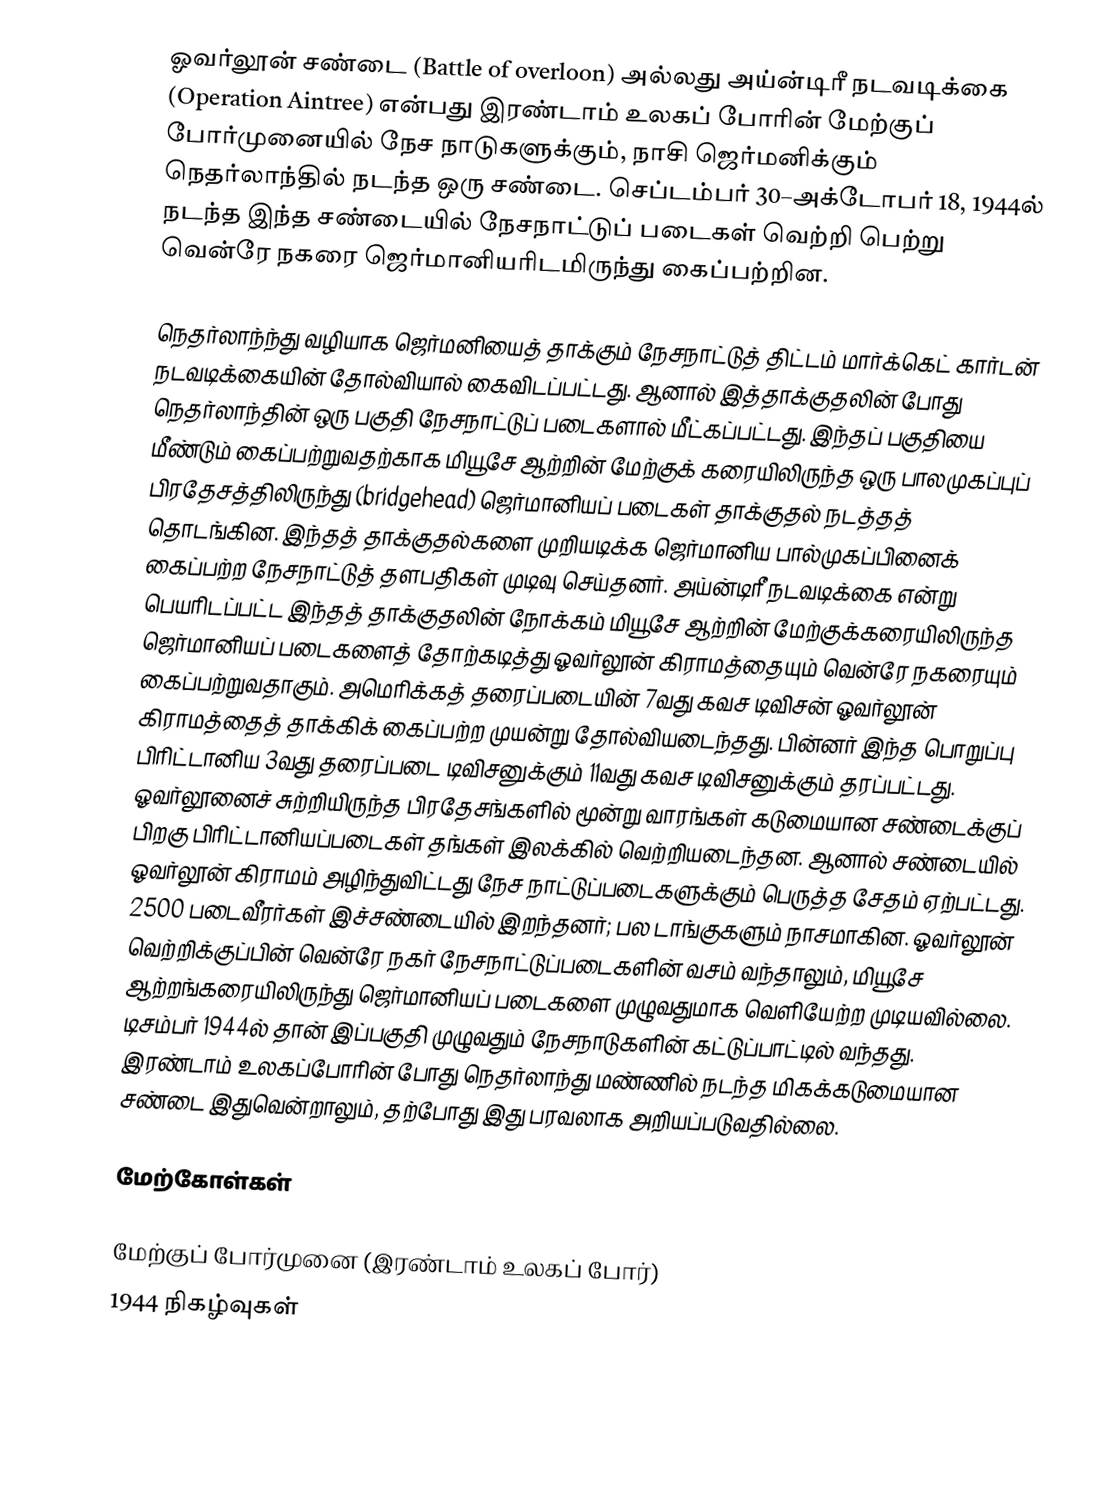
ஓவர்லூன் சண்டை (Battle of overloon)  அல்லது அய்ன்டிரீ நடவடிக்கை (Operation Aintree) என்பது இரண்டாம் உலகப் போரின் மேற்குப் போர்முனையில் நேச நாடுகளுக்கும், நாசி ஜெர்மனிக்கும் நெதர்லாந்தில் நடந்த ஒரு சண்டை. செப்டம்பர் 30–அக்டோபர் 18, 1944ல் நடந்த இந்த சண்டையில் நேசநாட்டுப் படைகள் வெற்றி பெற்று வென்ரே நகரை ஜெர்மானியரிடமிருந்து கைப்பற்றின.

நெதர்லாந்ந்து வழியாக ஜெர்மனியைத் தாக்கும் நேசநாட்டுத் திட்டம் மார்க்கெட் கார்டன் நடவடிக்கையின் தோல்வியால் கைவிடப்பட்டது. ஆனால் இத்தாக்குதலின் போது நெதர்லாந்தின் ஒரு பகுதி நேசநாட்டுப் படைகளால் மீட்கப்பட்டது. இந்தப் பகுதியை மீண்டும் கைப்பற்றுவதற்காக மியூசே ஆற்றின் மேற்குக் கரையிலிருந்த ஒரு பாலமுகப்புப் பிரதேசத்திலிருந்து (bridgehead) ஜெர்மானியப் படைகள் தாக்குதல் நடத்தத் தொடங்கின. இந்தத் தாக்குதல்களை முறியடிக்க ஜெர்மானிய பால்முகப்பினைக் கைப்பற்ற நேசநாட்டுத் தளபதிகள் முடிவு செய்தனர். அய்ன்டிரீ நடவடிக்கை என்று பெயரிடப்பட்ட இந்தத் தாக்குதலின் நோக்கம் மியூசே ஆற்றின் மேற்குக்கரையிலிருந்த ஜெர்மானியப் படைகளைத் தோற்கடித்து ஓவர்லூன் கிராமத்தையும் வென்ரே நகரையும் கைப்பற்றுவதாகும். அமெரிக்கத் தரைப்படையின் 7வது கவச டிவிசன் ஓவர்லூன் கிராமத்தைத் தாக்கிக் கைப்பற்ற முயன்று தோல்வியடைந்தது. பின்னர் இந்த பொறுப்பு பிரிட்டானிய 3வது தரைப்படை டிவிசனுக்கும் 11வது கவச டிவிசனுக்கும் தரப்பட்டது. ஓவர்லூனைச் சுற்றியிருந்த பிரதேசங்களில் மூன்று வாரங்கள் கடுமையான சண்டைக்குப் பிறகு பிரிட்டானியப்படைகள் தங்கள் இலக்கில் வெற்றியடைந்தன. ஆனால் சண்டையில் ஓவர்லூன் கிராமம் அழிந்துவிட்டது நேச நாட்டுப்படைகளுக்கும் பெருத்த சேதம் ஏற்பட்டது. 2500 படைவீரர்கள் இச்சண்டையில் இறந்தனர்; பல டாங்குகளும் நாசமாகின. ஓவர்லூன் வெற்றிக்குப்பின் வென்ரே நகர் நேசநாட்டுப்படைகளின் வசம் வந்தாலும், மியூசே ஆற்றங்கரையிலிருந்து ஜெர்மானியப் படைகளை முழுவதுமாக வெளியேற்ற முடியவில்லை. டிசம்பர் 1944ல் தான் இப்பகுதி முழுவதும் நேசநாடுகளின் கட்டுப்பாட்டில் வந்தது. இரண்டாம் உலகப்போரின் போது நெதர்லாந்து மண்ணில் நடந்த மிகக்கடுமையான சண்டை இதுவென்றாலும், தற்போது இது பரவலாக அறியப்படுவதில்லை.

மேற்கோள்கள்

 மேற்குப் போர்முனை (இரண்டாம் உலகப் போர்)
1944 நிகழ்வுகள்